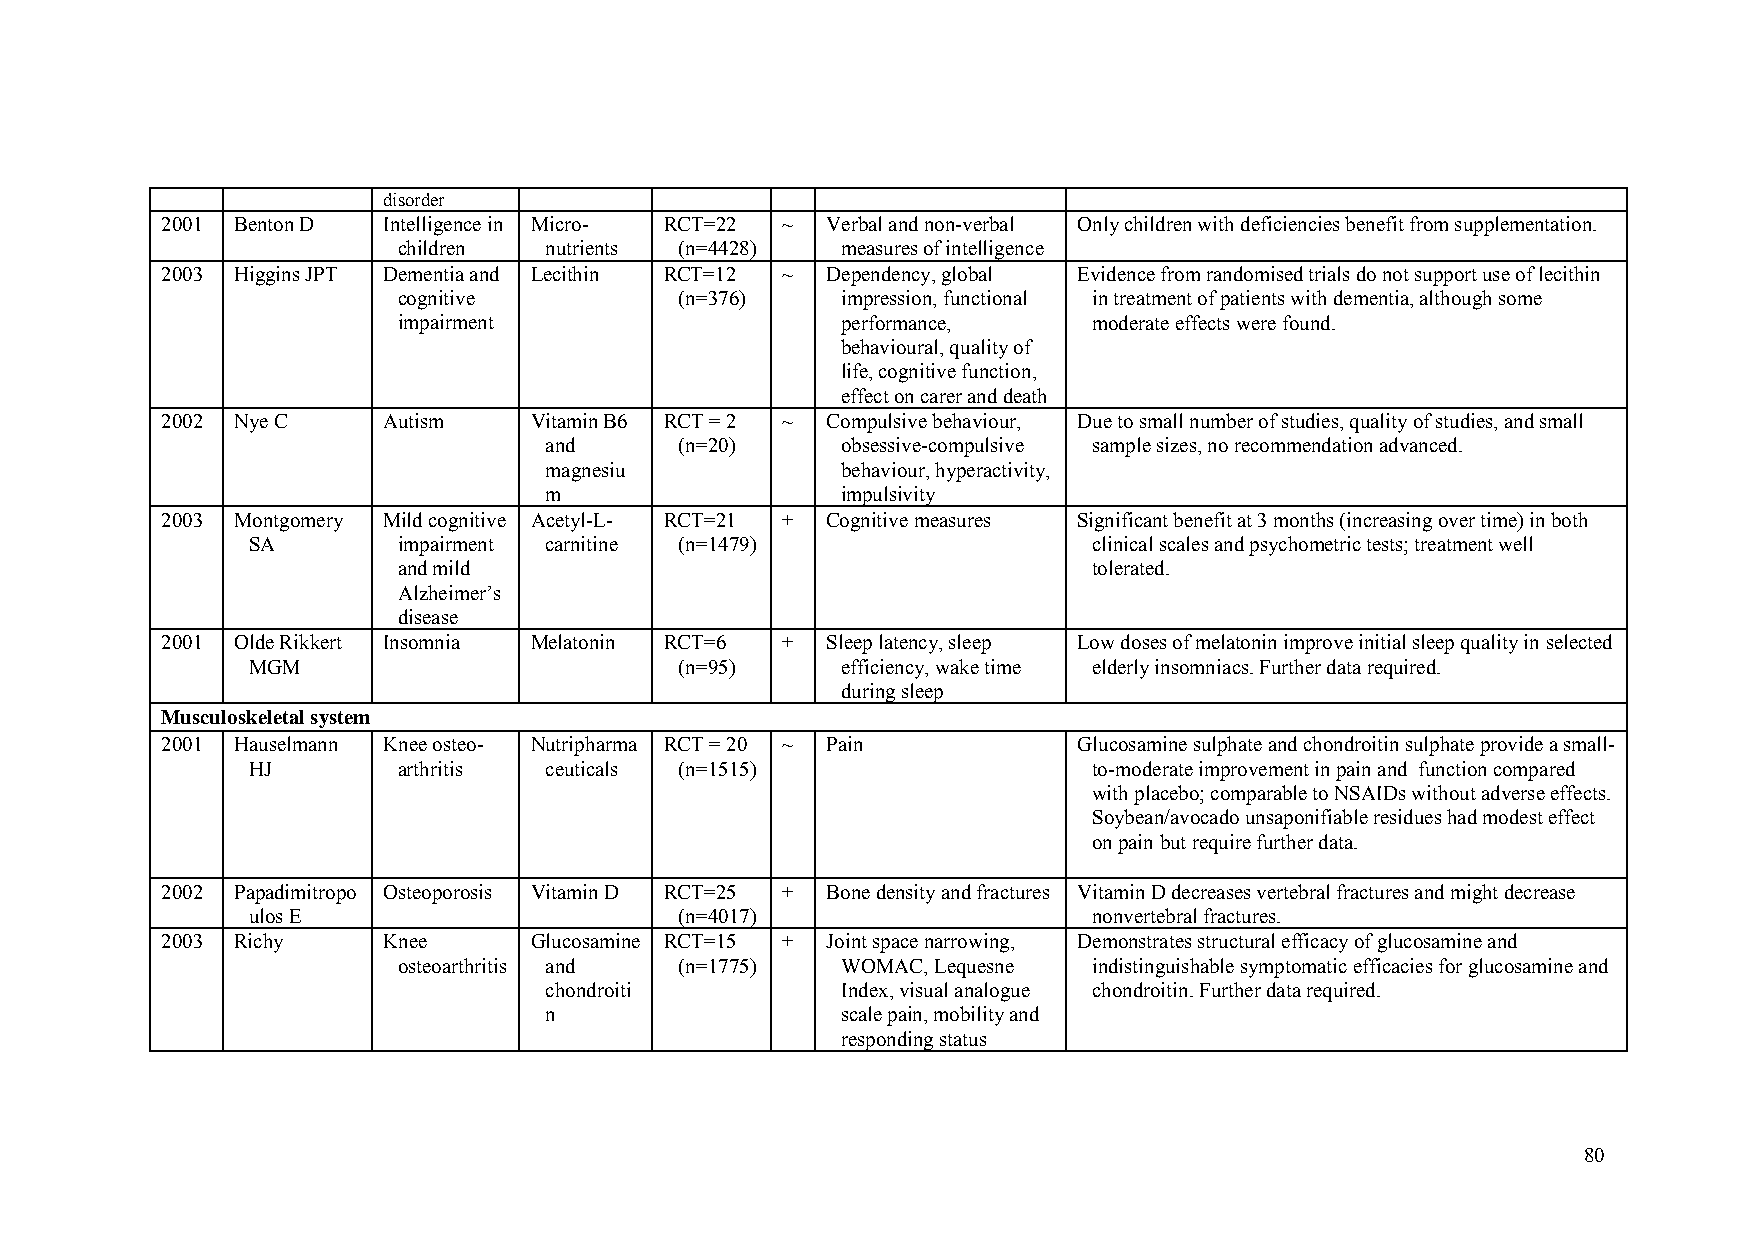
disorder
 2001 Benton D Intelligence in Micro- RCT=22 ~ Verbal and non-verbal Only children with deficiencies benefit from supplementation.
 children  nutrients (n=4428)  measures of intelligence
 2003 Higgins JPT Dementia and Lecithin RCT=12 ~ Dependency, global Evidence from randomised trials do not support use of lecithin
 cognitive          (n=376)    impression, functional in treatment of patients with dementia, although some
 impairment                    performance,    moderate effects were found.
 behavioural, quality of
 life, cognitive function,
 effect on carer and death
 2002 Nye C    Autism    Vitamin B6 RCT = 2 ~ Compulsive behaviour, Due to small number of studies, quality of studies, and small
 and      (n=20)     obsessive-compulsive sample sizes, no recommendation advanced.
 magnesiu            behaviour, hyperactivity,
 m                   impulsivity
 2003 Montgomery Mild cognitive Acetyl-L- RCT=21 + Cognitive measures Significant benefit at 3 months (increasing over time) in both
 SA        impairment carnitine (n=1479)                 clinical scales and psychometric tests; treatment well
 and mild                                      tolerated.
 Alzheimer’s
 disease
 2001 Olde Rikkert Insomnia Melatonin RCT=6 + Sleep latency, sleep Low doses of melatonin improve initial sleep quality in selected
 MGM                          (n=95)     efficiency, wake time elderly insomniacs. Further data required.
 during sleep
 Musculoskeletal system
 2001 Hauselmann Knee osteo- Nutripharma RCT = 20 ~ Pain     Glucosamine sulphate and chondroitin sulphate provide a small-
 HJ        arthritis ceuticals (n=1515)                  to-moderate improvement in pain and function compared
 with placebo; comparable to NSAIDs without adverse effects.
 Soybean/avocado unsaponifiable residues had modest effect
 on pain but require further data.
 2002 Papadimitropo Osteoporosis Vitamin D RCT=25 + Bone density and fractures Vitamin D decreases vertebral fractures and might decrease
 ulos E                       (n=4017)                   nonvertebral fractures.
 2003 Richy    Knee      Glucosamine RCT=15 + Joint space narrowing, Demonstrates structural efficacy of glucosamine and
 osteoarthritis and (n=1775)   WOMAC, Lequesne indistinguishable symptomatic efficacies for glucosamine and
 chondroiti          Index, visual analogue chondroitin. Further data required.
 n                   scale pain, mobility and
 responding status
 80